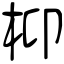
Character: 枊